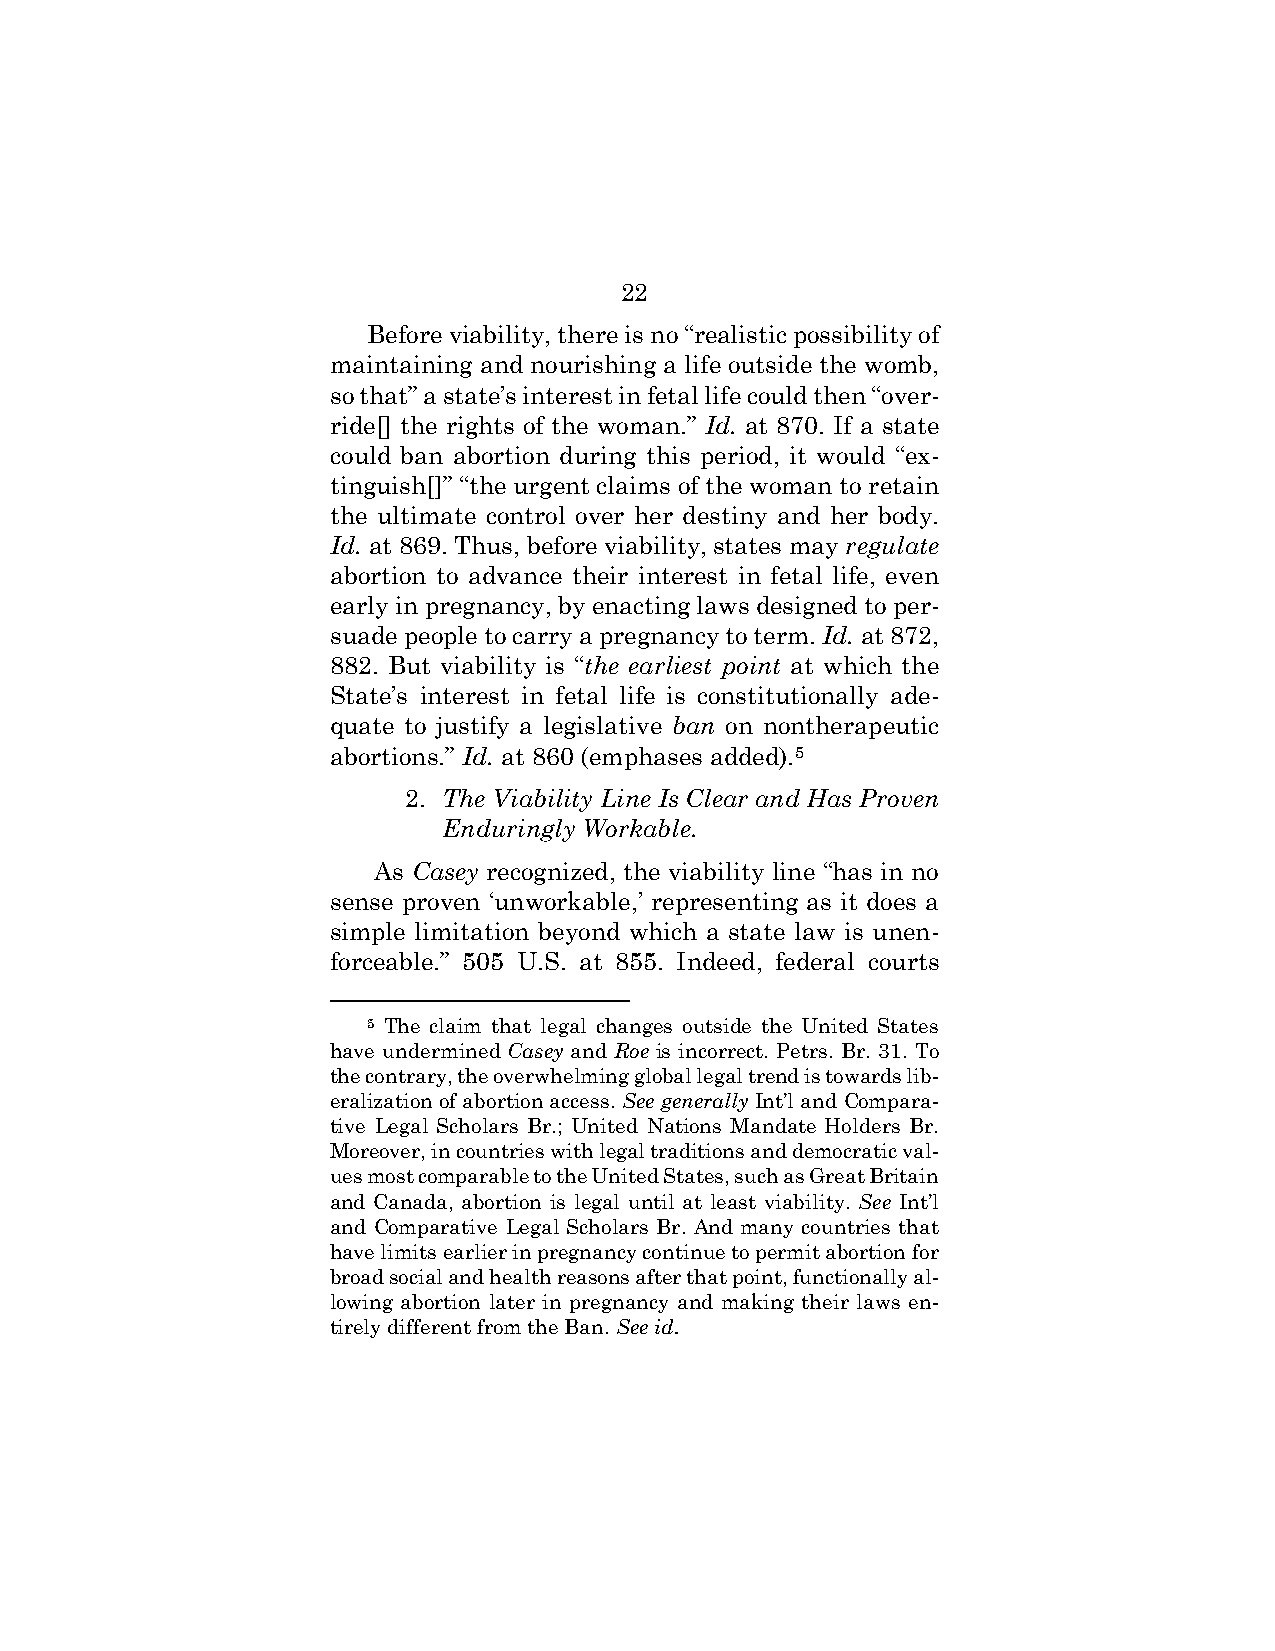
22
 Before viability, there is no “realistic possibility of
 maintaining and nourishing a life outside the womb,
 so that” a state’s interest in fetal life could then “over-
 ride[] the rights of the woman.” Id. at 870. If a state
 could ban abortion during this period, it would “ex-
 tinguish[]” “the urgent claims of the woman to retain
 the ultimate control over her destiny and her body.
 Id. at 869. Thus, before viability, states may regulate
 abortion to advance their interest in fetal life, even
 early in pregnancy, by enacting laws designed to per-
 suade people to carry a pregnancy to term. Id. at 872,
 882. But viability is “the earliest point at which the
 State’s interest in fetal life is constitutionally ade-
 quate to justify a legislative ban on nontherapeutic
 abortions.” Id. at 860 (emphases added).5
 2. The Viability Line Is Clear and Has Proven
 Enduringly Workable.
 As Casey recognized, the viability line “has in no
 sense proven ‘unworkable,’ representing as it does a
 simple limitation beyond which a state law is unen-
 forceable.” 505 U.S. at 855. Indeed, federal courts
 5 The claim that legal changes outside the United States
 have undermined Casey and Roe is incorrect. Petrs. Br. 31. To
 the contrary, the overwhelming global legal trend is towards lib-
 eralization of abortion access. See generally Int’l and Compara-
 tive Legal Scholars Br.; United Nations Mandate Holders Br.
 Moreover, in countries with legal traditions and democratic val-
 ues most comparable to the United States, such as Great Britain
 and Canada, abortion is legal until at least viability. See Int’l
 and Comparative Legal Scholars Br. And many countries that
 have limits earlier in pregnancy continue to permit abortion for
 broad social and health reasons after that point, functionally al-
 lowing abortion later in pregnancy and making their laws en-
 tirely different from the Ban. See id.